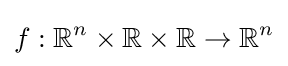
f:\mathbb {R} ^{n}\times \mathbb {R} \times \mathbb {R} \to \mathbb {R} ^{n}